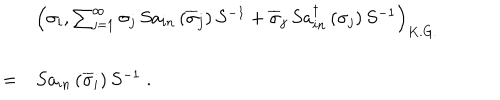
LaTeX: \begin{array} { l l l } { { } } & { { \ } } & { { \left( \sigma _ { i } , \sum _ { j = 1 } ^ { \infty } \sigma _ { j } \, S a _ { i n } \left( \overline { { { \sigma } } } _ { j } \right) S ^ { - 1 } + \overline { { { \sigma } } } _ { j } \, S a _ { i n } ^ { \dagger } \left( \sigma _ { j } \right) S ^ { - 1 } \right) _ { K . G . } } } \\ { { } } & { { = } } & { { S a _ { i n } \left( \overline { { { \sigma } } } _ { i } \right) S ^ { - 1 } \; . } } \\ \end{array}